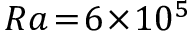
R a \! = \! 6 \! \times \! 1 0 ^ { 5 }